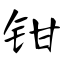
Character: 钳